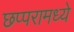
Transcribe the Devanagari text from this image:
छप्परामध्ये